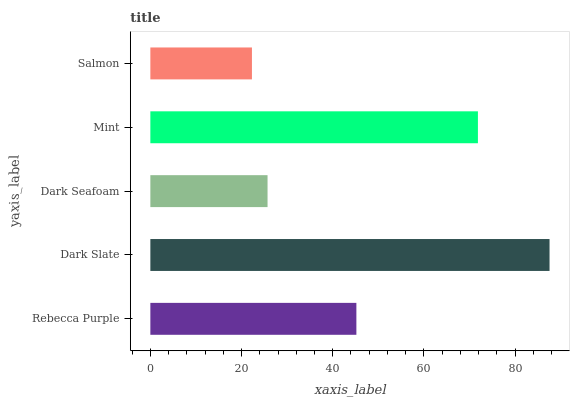
| yaxis_label | bars |
 | --- | --- |
 | Rebecca Purple | 45.2 |
 | Dark Slate | 87.6 |
 | Dark Seafoam | 25.7 |
 | Mint | 71.8 |
 | Salmon | 22.3 |